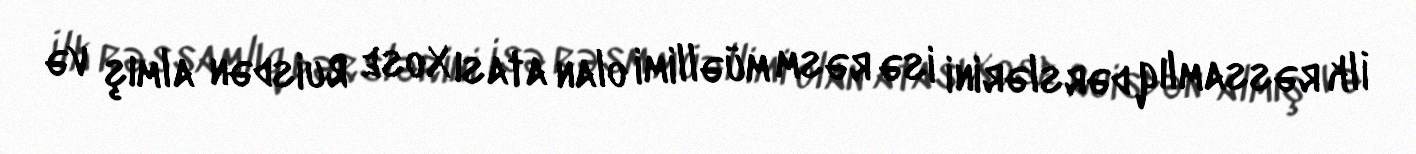
İlk rəssamlıq dərslərini isə rəsm müəllimi olan atası Xose Ruisdən almış və